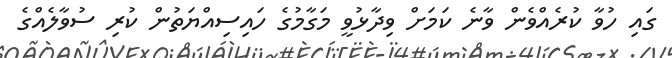
ގައި ހުވާ ކުރެއްވެން ވާނެ ކަމަށް ވިދާޅުވީ މަގާމުގެ ހައިސިއްޔަތުން ކުރި ސުވާލެއްގެ